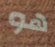
هو